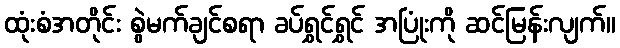
ထုံးစံအတိုင်း စွဲမက်ချင်စရာ ခပ်ရွှင်ရွှင် အပြုံးကို ဆင်မြန်းလျက်။